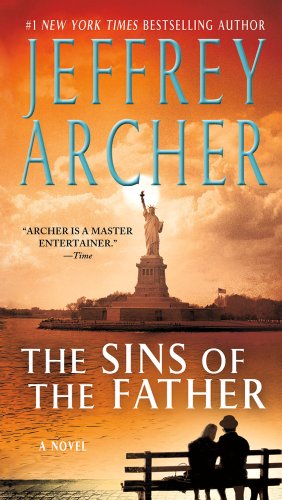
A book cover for The Sins of the Father (The Clifton Chronicles); Jeffrey Archer; Mystery, Thriller & Suspense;